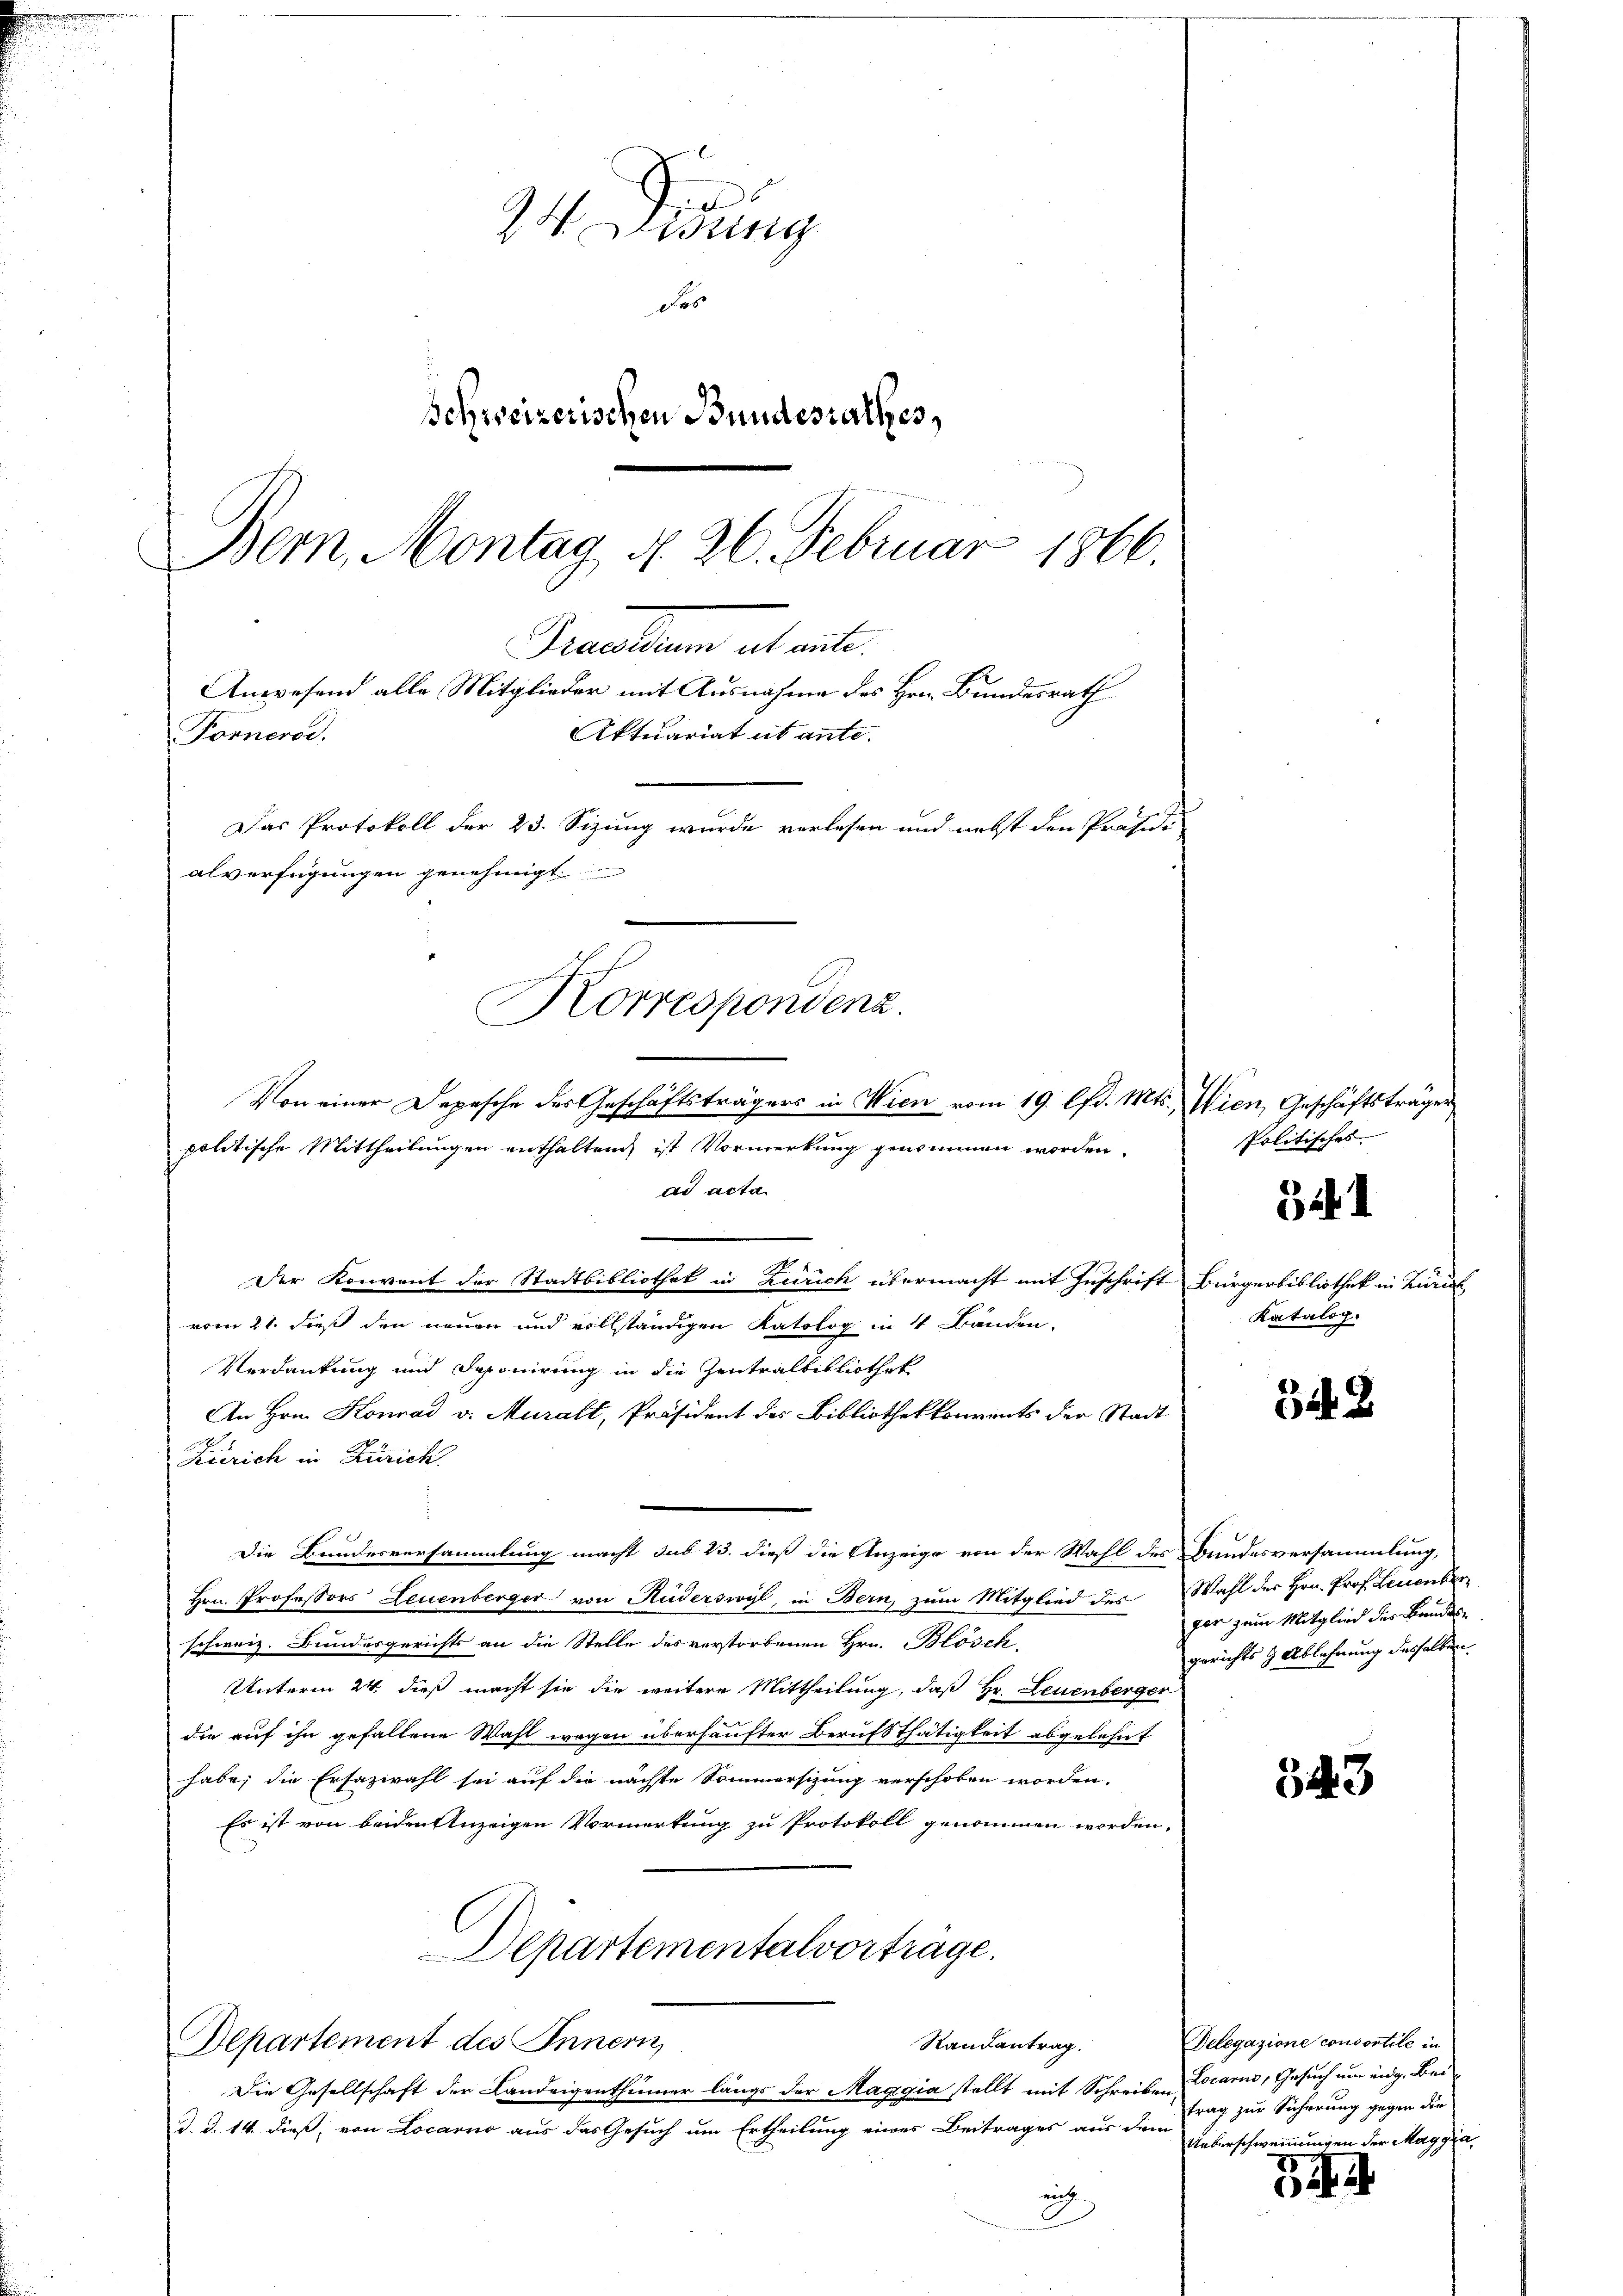
24 Didung
Des
Schweizerischen Bundesrathes,
Bern, Montag d. 26. Februar 1866.

Realien alt wil
Anwesend alle Mitglieder mit Ausnahme des Hrn. Bundesrath
Aktuariat ut ante.
Fonnerse
Das Protokoll der 23. Sizung wurde verlesen und nebst den Präsidi-
alverfügungen genehmigt.
Korrespondenz.

Von einer Depesche des Geschäftsträgers in Wien vom 19. lfd. Mts.,
politische Mittheilungen enthaltend, ist Vormerkung genommen worden.
ad acta
Der Konvent der Stadtbibliothek in Zürich übermacht mit Zuschrift
vom 21. dieß den neuen und vollständigen Katolog in 4 Bänden.
Verdankung und Deponirung in die Zentralbibliothek
An Hrn. Konrad v. Muralt, Präsident des Bibliothekkourents der Stadt
Krerich in Zürich.
Die Bundesversammlung macht sub. 23. dieß die Anzeige von der Wahl des Bundesversammlung,
Hrn. Professors Leuenberger von Ruderswyl, in Bern, zum Mitglied des
schweiz. Bundesgerichts an die Stelle des verstorbenen Hrn. Blösch
Unterm 24. dieß macht sie die weitere Mittheilung, daß Hr. Leuenberger
die auf ihn gefallene Wahl wegen überhaufter Berufs thätigkeit abgelehnt
habe; die Ersazwahl sei auf die nächste Sommersizung verschoben worden.
Es ist von beiden Anzeigen Vormerkung zu Protokoll genommen worden.
Departementalvorträge.
Departement des Innern,
Randantrag.
Die Gesellschaft der Landeigenthümer längs der Maggia stellt mit Schreiben Locarno, Gesuch um eidg. Beid. d. 14. dieß, von Locarno aus das Gesuch um Ertheilung eines Beitrages aus dem Ueberschwemmungen der Maggia,
ich

Wien, Geschäftsträger
Politisches

34. 1

Bürgerbibliothek in Kurie
Katalog.

342

Wahl des Hrn. Prof. Leuenber
ger zum Mitglied der Bundes
gerichts & Ablehnung desselben

543

Delegazione consortile in
trag zur Sicherung gegen die

34. 4